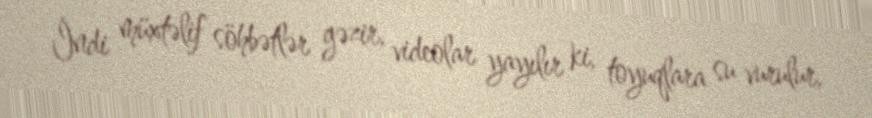
İndi müxtəlif söhbətlər gəzir, videolar yayılır ki, toyuqlara su vurulur,